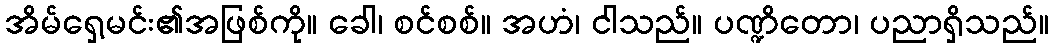
အိမ်ရှေ့မင်း၏အဖြစ်ကို။ ခေါ၊ စင်စစ်။ အဟံ၊ ငါသည်။ ပဏ္ဍိတော၊ ပညာရှိသည်။